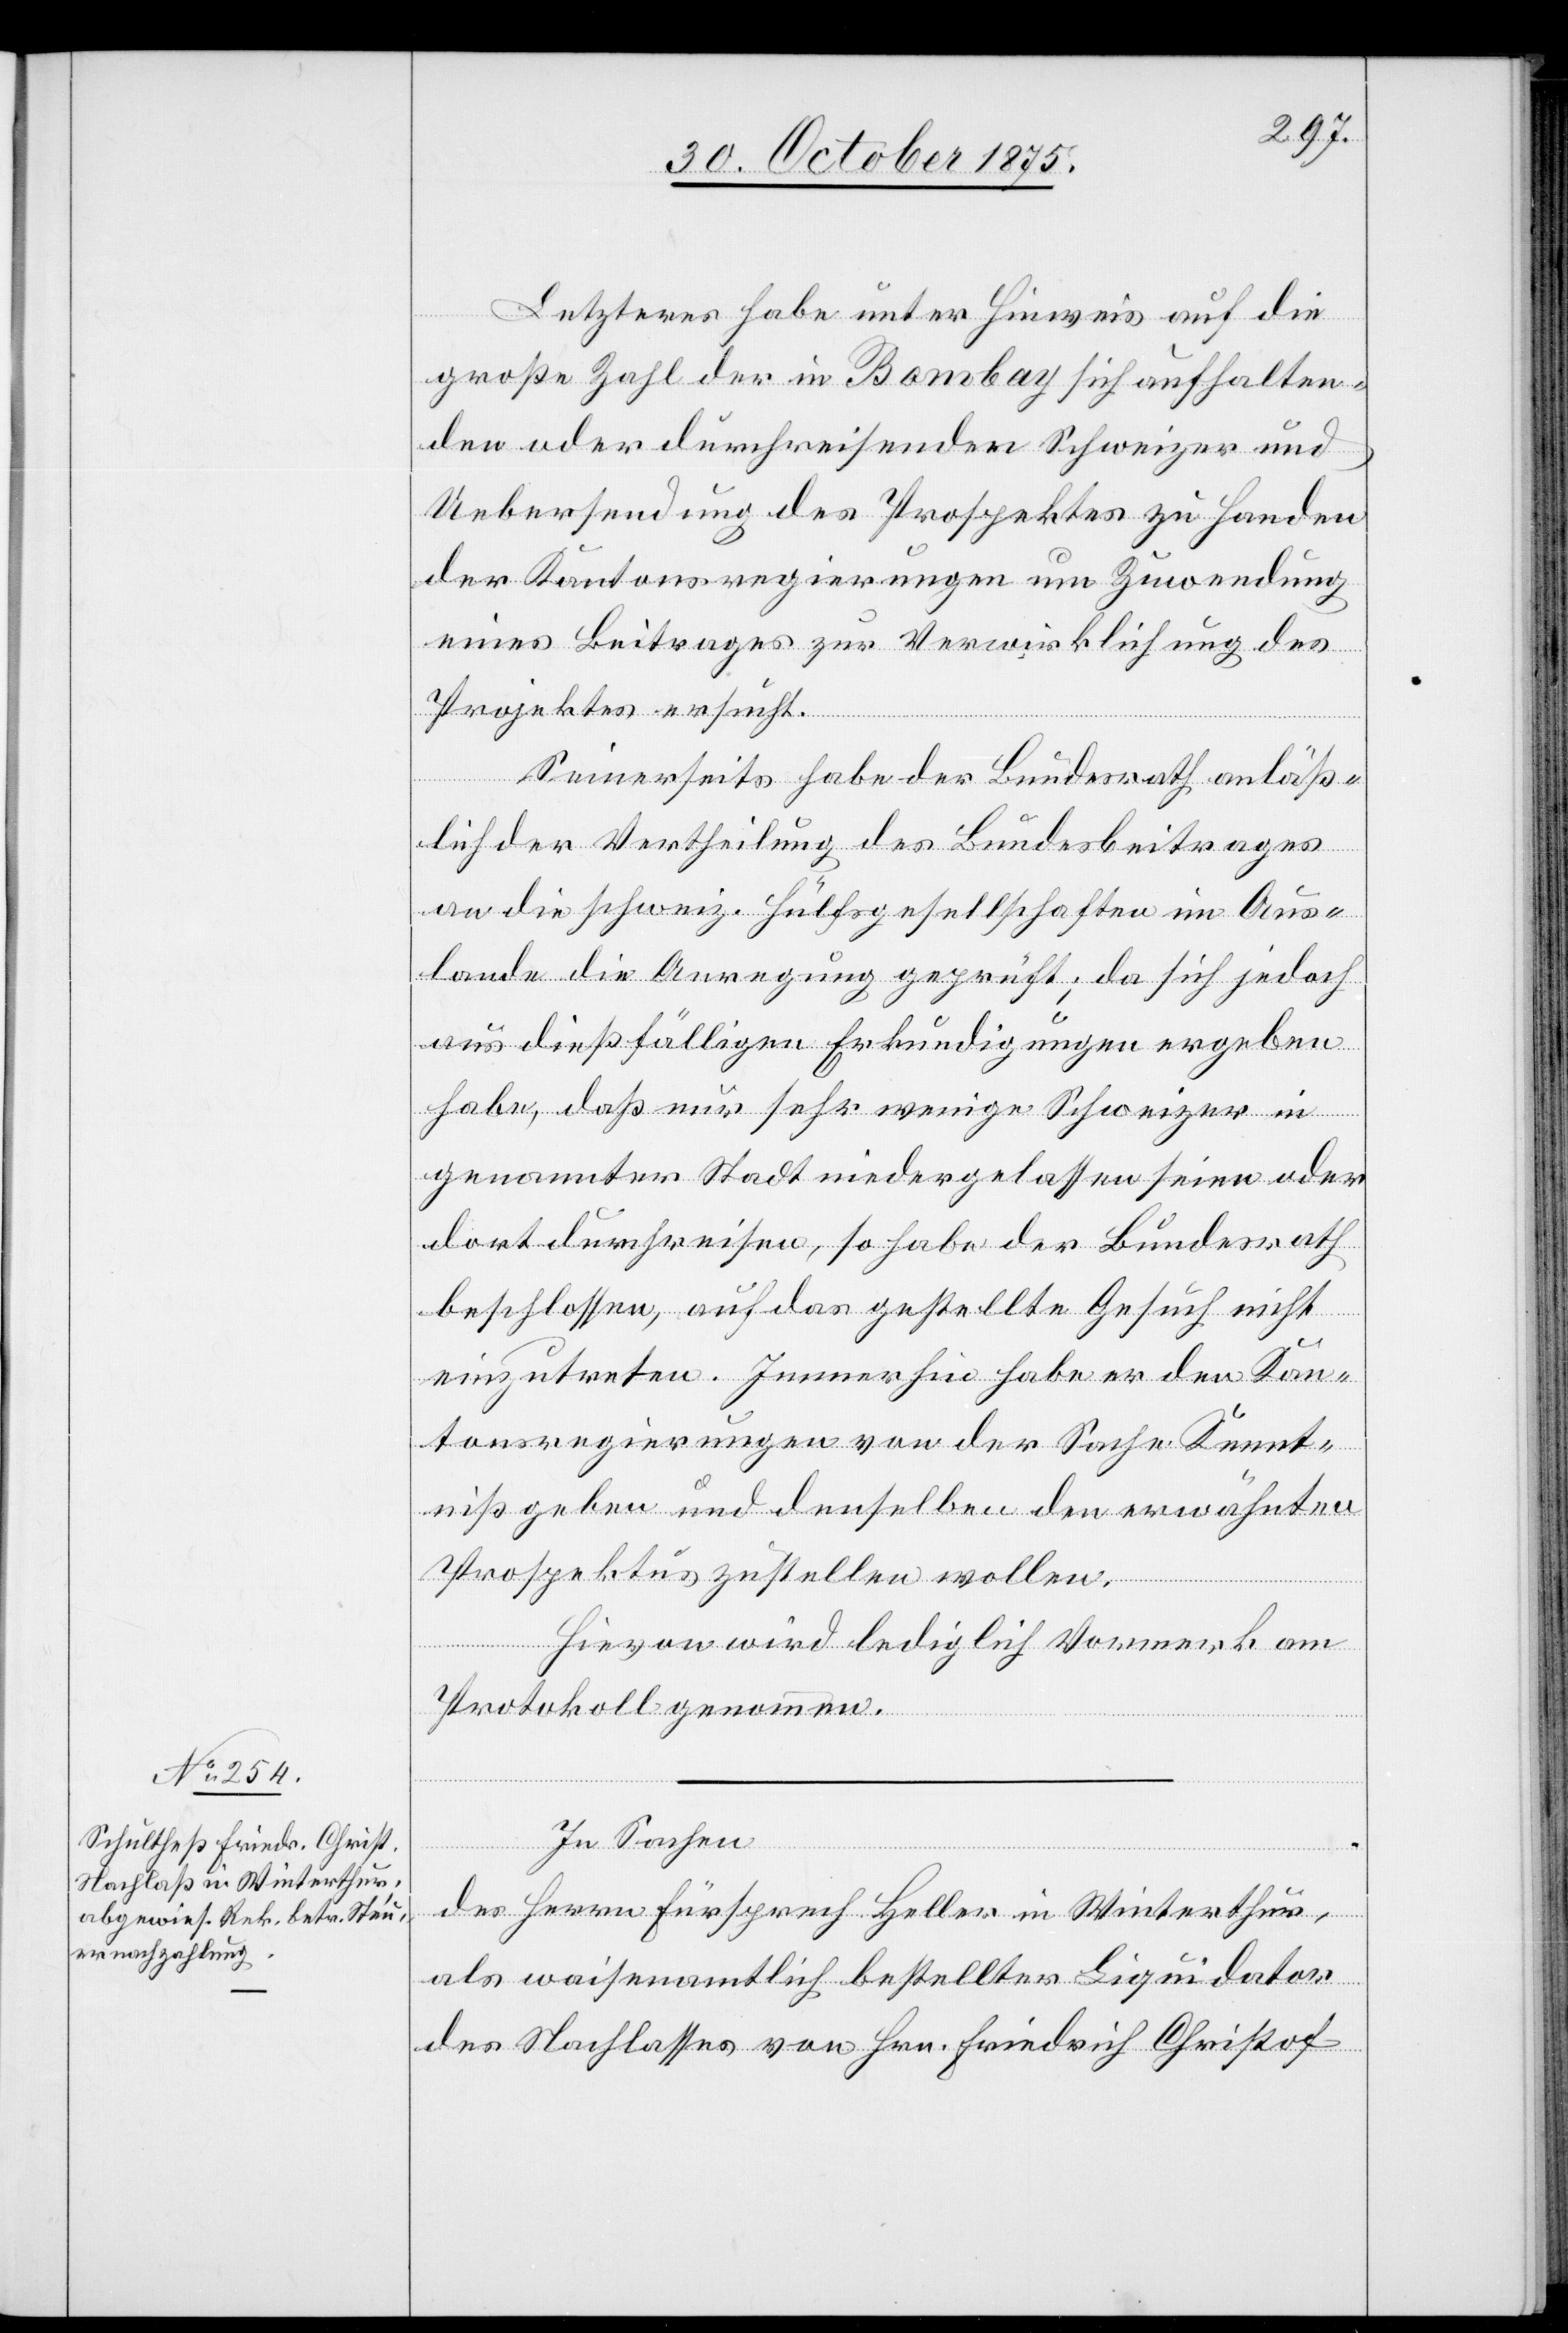
Letzteres habe unter Hinweis auf die
große Zahl der in Bombay sich aufhalten¬
den oder durchreisenden Schweizer und
Uebersendung des Prospektes zu Handen
der Kantonsregierungen um Zuwendung
eines Beitrages zur Verwirklichung des
Projektes ersucht.
Seinerseits habe der Bundesrath anläß¬
lich der Vertheilung des Bundesbeitrages
an die schweiz. Hülfsgesellschaften im Aus¬
lande die Anregung geprüft; da sich jedoch
aus dießfälligen Erkundigungen ergeben
habe, daß nur sehr wenige Schweizer in
genannter Stadt niedergelassen seien oder
dort durchreisen, so habe der Bundesrath
beschlossen, auf das gestellte Gesuch nicht
einzutreten. Immerhin habe er den Kan¬
tonsregierungen von der Sache Kennt¬
niß geben und denselben den erwähnten
Prospektus zustellen wollen.
Hievon wird lediglich Vormerk am
Protokoll genommen.